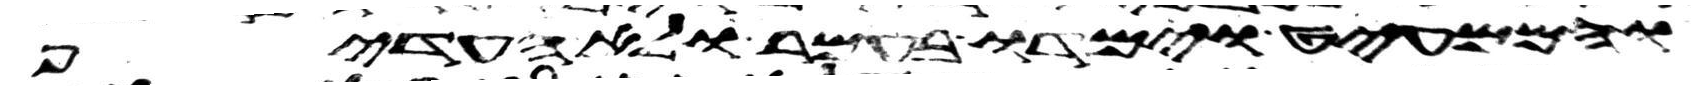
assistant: והממעיט וימדו בעמר ולא העדיף